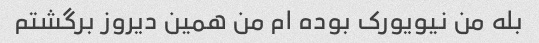
بله من نیویورک بوده ام من همین دیروز برگشتم